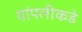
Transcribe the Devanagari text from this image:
यांपलीकडे